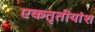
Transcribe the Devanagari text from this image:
एकतृतीयांश